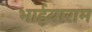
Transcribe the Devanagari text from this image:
भाईयाराम